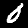
Label: 0